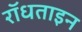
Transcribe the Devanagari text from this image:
रॉधताइन